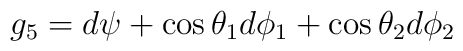
g_5=d \psi +\cos \theta_1 d \phi_1+ \cos \theta_2 d \phi_2